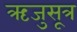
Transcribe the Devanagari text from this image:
ऋजुसूत्र